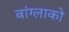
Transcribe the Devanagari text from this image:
बांग्लाको